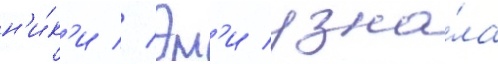
н'и́к'и // Эм'и узна́ла